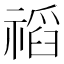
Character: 𥛗